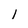
Character: 1